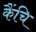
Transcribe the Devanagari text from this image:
कैंचि